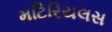
મટિરિયલસ